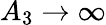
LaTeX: A_{3}\rightarrow\infty